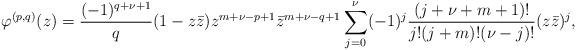
LaTeX: \begin{align*}\varphi^{(p,q)}(z)=\frac{(-1)^{q+\nu+1}}{q}(1-z\bar{z})z^{m+\nu-p+1}\bar{z}^{m+\nu-q+1}\sum_{j=0}^{\nu}(-1)^j\frac{(j+\nu+m+1)!}{j!(j+m)!(\nu-j)!}(z\bar{z})^j,\end{align*}